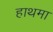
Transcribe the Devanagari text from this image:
हाथमा